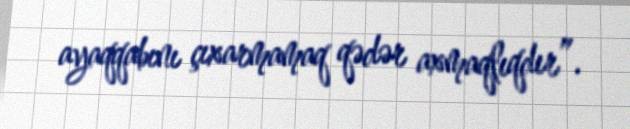
ayaqqabını çıxarmamaq qədər axmaqlıqdır”.